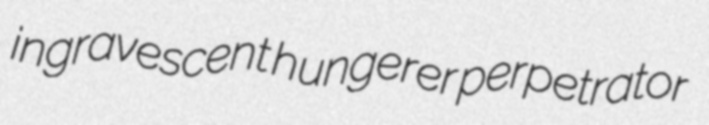
ingravescent hungerer perpetrator